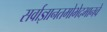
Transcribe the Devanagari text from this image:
सर्वाज्ञानतमोभेदभानवे